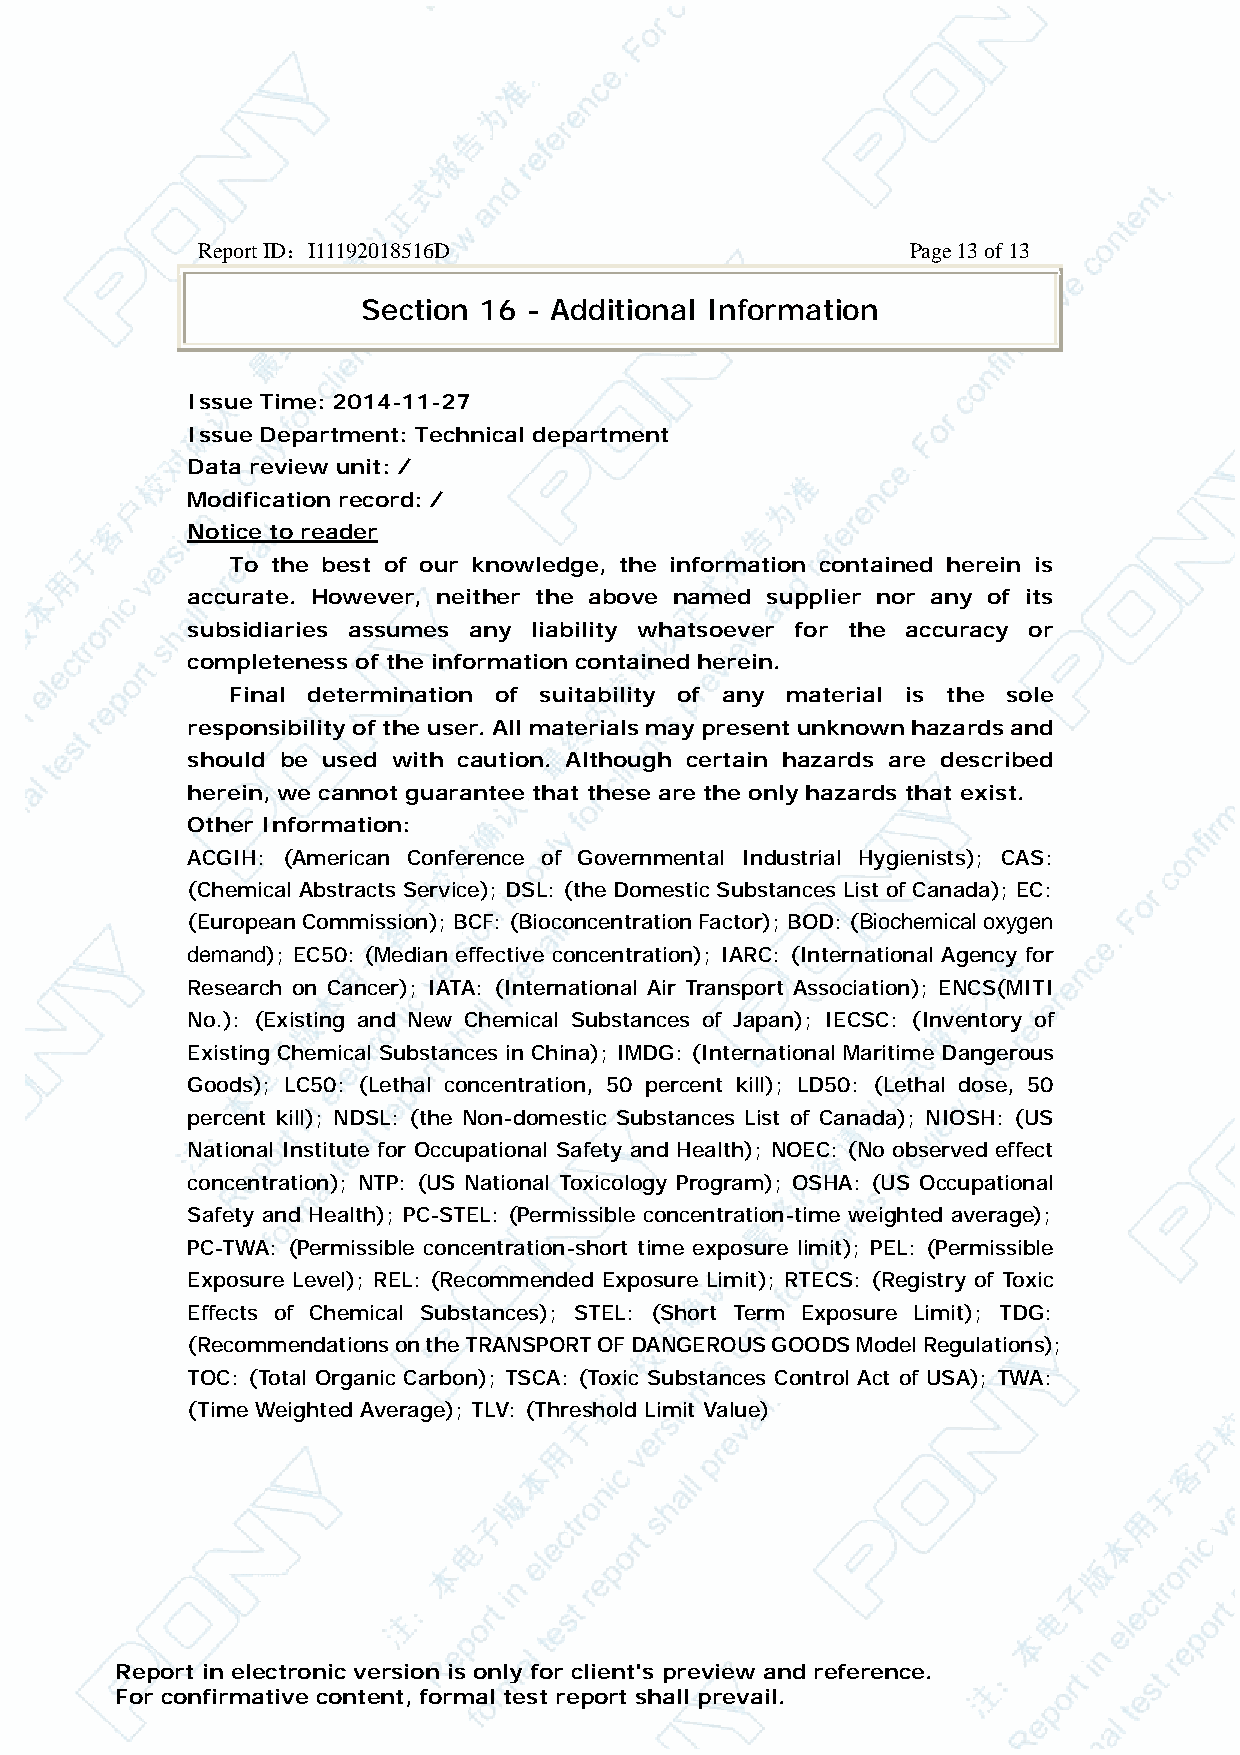
Report ID：I11192018516D                     Page 13 of 13
 Section 16 - Additional Information
 Issue Time: 2014-11-27
 Issue Department: Technical department
 Data review unit: /
 Modification record: /
 Notice to reader
 To the best of our knowledge, the information contained herein is
 accurate. However, neither the above named supplier nor any of its
 subsidiaries assumes any liability whatsoever for the accuracy or
 completeness of the information contained herein.
 Final determination of suitability of any material is the sole
 responsibility of the user. All materials may present unknown hazards and
 should be used with caution. Although certain hazards are described
 herein, we cannot guarantee that these are the only hazards that exist.
 Other Information:
 ACGIH: (American Conference of Governmental Industrial Hygienists); CAS:
 (Chemical Abstracts Service); DSL: (the Domestic Substances List of Canada); EC:
 (European Commission); BCF: (Bioconcentration Factor); BOD:B (iochemical oxygen
 demand); EC50: (Median effective concentration); IARC: (International Agency for
 Research on Cancer); IATA: (International Air Transport Association); ENCS(MITI
 No.): (Existing and New Chemical Substances of Japan); IECSC: (Inventory of
 Existing Chemical Substances in China); IMDG: (International Maritime Dangerous
 Goods); LC50: (Lethal concentration, 50 percent kill); LD50: (Lethal dose, 50
 percent kill); NDSL: (the Non-domestic Substances List of Canada); NIOSH: (US
 National Institute for Occupational Safety and Health); NOEC: (No observed effect
 concentration); NTP: (US National Toxicology Program); OSHA: (US Occupational
 Safety and Health); PC-STEL: (Permissible concentration-time weighted average);
 PC-TWA: (Permissible concentration-short time exposure limit); PEL: (Permissible
 Exposure Level); REL: (Recommended Exposure Limit); RTECS: (Registry of Toxic
 Effects of Chemical Substances); STEL: (Short Term Exposure Limit); TDG:
 (Recommendations on the TRANSPORT OF DANGEROUS GOODS Model Regulations);
 TOC: (Total Organic Carbon); TSCA: (Toxic Substances Control Act of USA); TWA:
 (Time Weighted Average); TLV: (Threshold Limit Value)
 Report in electronic version is only for client's preview and reference.
 For confirmative content, formal test report shall prevail.